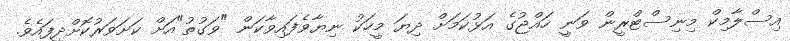
އިސްލާމިކް މިނިސްޓްރީން ވަނީ ހައްޖުގެ އަޅުކަމަށް ދިޔަ މީހަކު ނިޔާވެފައިވާކަން "ވަގުތު"އަށް ކަށަވަރުކޮށްދީފައެވެ.